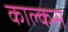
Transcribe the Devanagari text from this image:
काल्कस